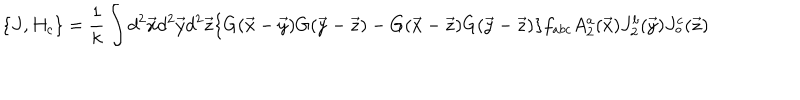
\{ J , H _ { c } \} = \frac { 1 } { k } \int d ^ { 2 } \vec { x } d ^ { 2 } \vec { y } d ^ { 2 } \vec { z } \{ G ( \vec { x } - \vec { y } ) G ( \vec { y } - \vec { z } ) - G ( \vec { x } - \vec { z } ) G ( \vec { y } - \vec { z } ) \} f _ { a b c } A _ { 2 } ^ { a } ( \vec { x } ) J _ { 2 } ^ { b } ( \vec { y } ) J _ { \circ } ^ { c } ( \vec { z } )